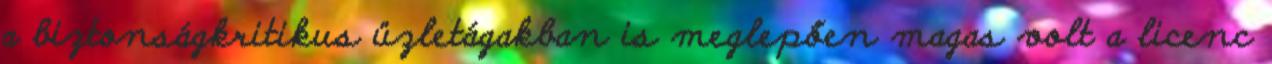
a biztonságkritikus üzletágakban is meglepően magas volt a licenc